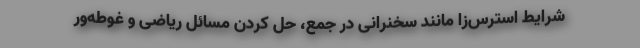
شرایط استرس‌زا مانند سخنرانی در جمع، حل کردن مسائل ریاضی و غوطه‌ور